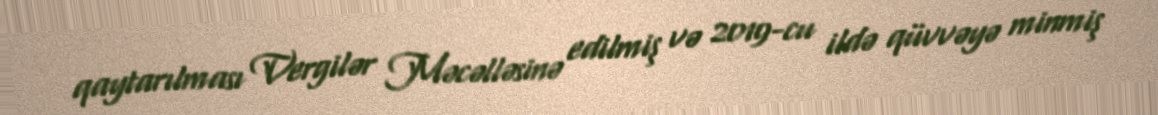
qaytarılması Vergilər Məcəlləsinə edilmiş və 2019-cu ildə qüvvəyə minmiş